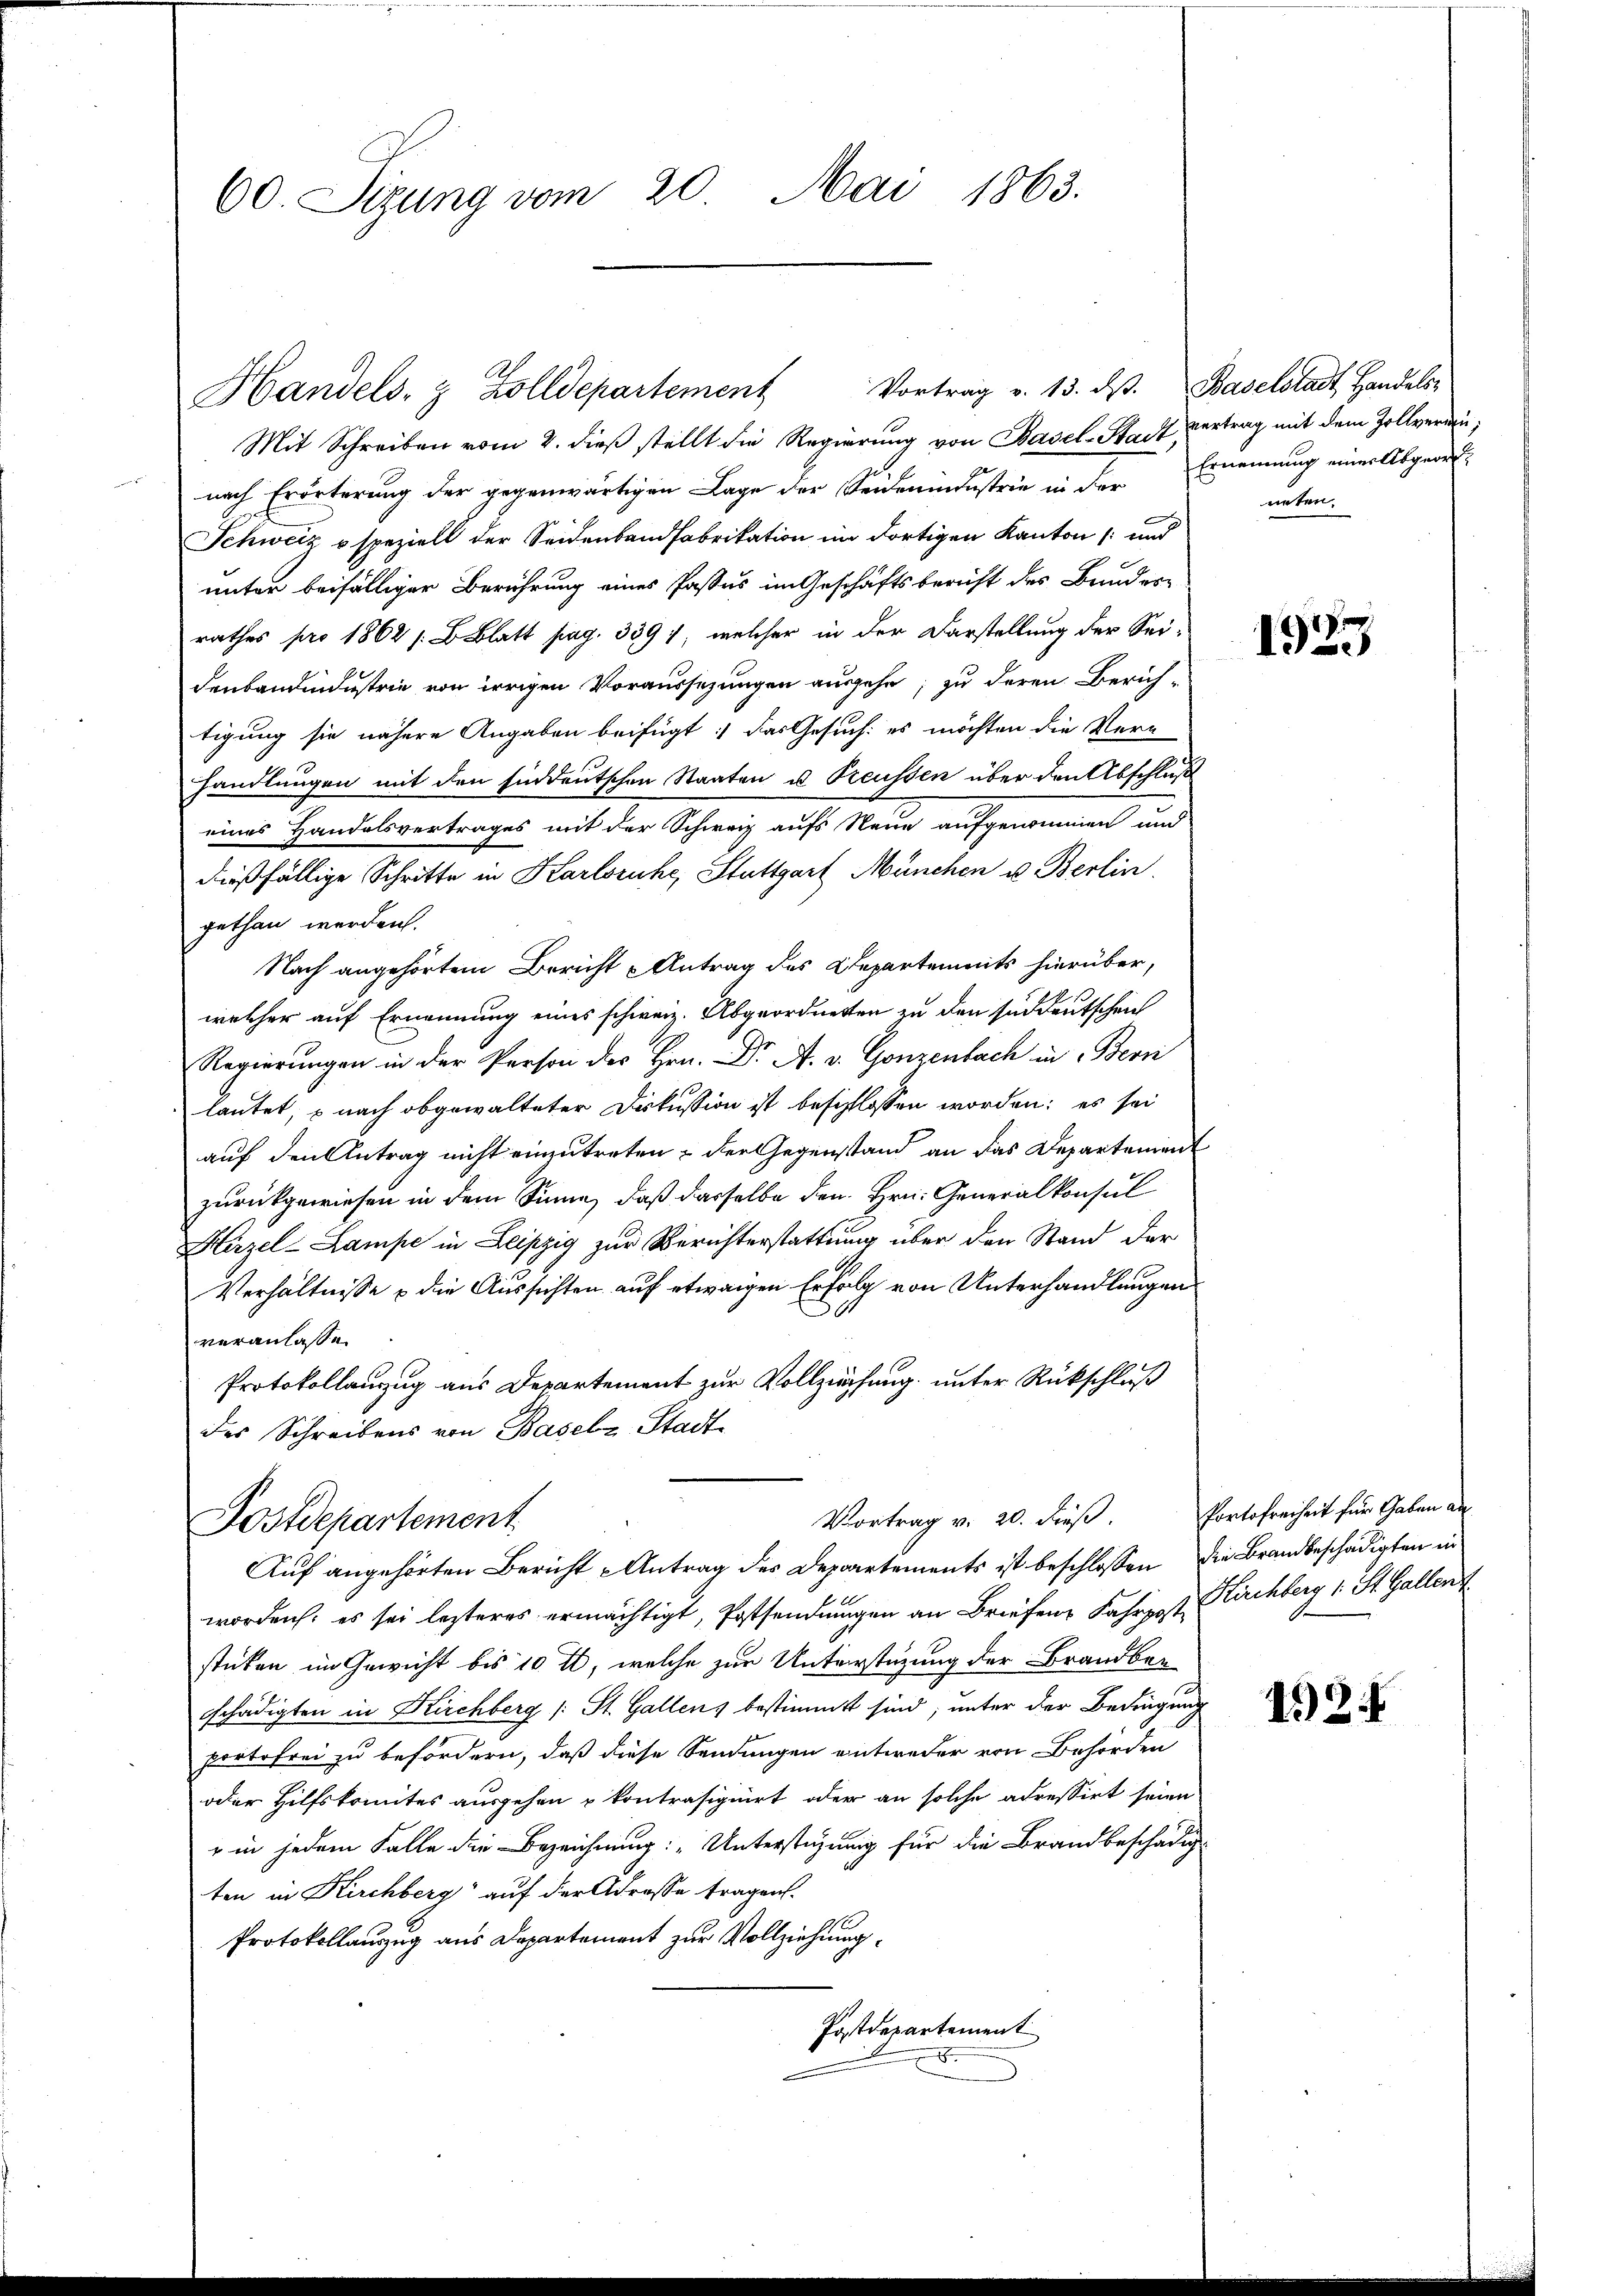
60. Sizung vom 20. Mai 1863.

Mit Schreiben vom 2. dieß stellt die Regierung von Basel-Stadt vertrag mit dem Zollverwennach Erörterung der gegenwärtigen Lage der Seidenindustrie in der Ernennung einer Abgeord
Schweiz o speziell der Seidenbandfabrikation im dortigen Kanton /: und
unter beifälliger Berührung eines Pastes im Geschäftsbericht des Bundes-
rathes pro 1862 s. B. Blatt pag. 339), welcher in der Darstellung der Seidenband industrie von irrigen Voraussezungen ausgehe; zu deren Zürich-
tigung sie nähere Angaben beifügt: das Gesuch: es möchten die Ver-
handlungen mit den Eindeutschen Staaten u. Preussen über den Abschluß
eines Handelsvertrages mit der Schweiz aufs Neue aufgenommen und
dießfällige Schritte in Karlsruhe, Stuttgart München u. Berlin.
gethan werden.
Nach angehörtem Bericht Antrag des Departements hierüber,
welcher auf Ernennung eines schweiz. Abgeordnetten zu den süddeutschen
Regierungen in der Person des Hrn. Dr A. v. Gonzenbach in Bern
lautet, u nach obgewalteter Diskussion ist beschlossen worden; es sei
auf den Antrag nicht einzutreten, der Gegenstand an das Departement
zurückgewiesen in dem Sinne, daß dasselbe den Hrn. Generalkonsul
Hirzel-Lampe in Leipzig zur Berichterstattung über den Stand der
Verhältnisse & die Aussichten auf etwaigen Erfolg von Unterhandlungen
veranlassen
Protokollanzug aus Departement zur Vollziehung unter Rückschluß
des Schreibens von Basel-Stadt

Handels- & Zolldepartement Vortrag v. 13. ds. Baselstadt, Handels-

Vortrag v. 20. dieβ. Portofreiheit für Gaben an
Postdepartement

Auf angehörten Bericht Antrag des Departements ist beschlossen die Brandbeschädigten in
worden: es sei lezteres ermächtigt, Postsendungen an Briefen Fahrpost. Kirchberg 1. St. Gallent
stücken im Gewicht bis 10 tt, welche zur Unterstüzung der Brandber
schädigten in Kirchberg (: St. Gallens bestimmt sind, unter der Bedingung
portofrei zu befördern, daß diese Sendungen entweder von Behörden
oder Hilfskomites ausgehen u kontrasignirt oder an solche adressirt seien
" in jedem Falle die Bezeichnung: „Unterstigung für die Brandbeschädig
ten in Kirchberg auf der Adresse tragen.
Protokollauszug aus Departement zur Vollziehung
Postdepartement
.

neten.

1925

1924